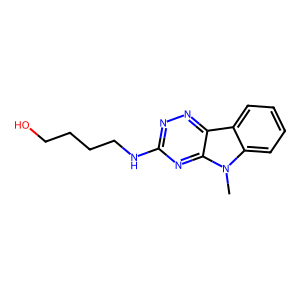
SMILES: Cn1c2ccccc2c2nnc(NCCCCO)nc21
Inhibits HIV replication: No